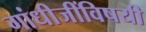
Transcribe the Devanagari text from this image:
गांधीजींविषयी